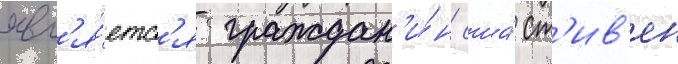
явл'я́етс'я граждан'и́н сша́ ст'ив'ен